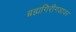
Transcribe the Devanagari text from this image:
ब्रह्मगिरीगडावर